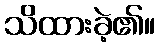
သိထားခဲ့၏။